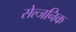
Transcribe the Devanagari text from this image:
सेल्जनिक